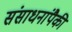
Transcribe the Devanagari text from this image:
संसाधनांपैकी